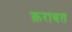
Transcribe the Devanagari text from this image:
क़राबत